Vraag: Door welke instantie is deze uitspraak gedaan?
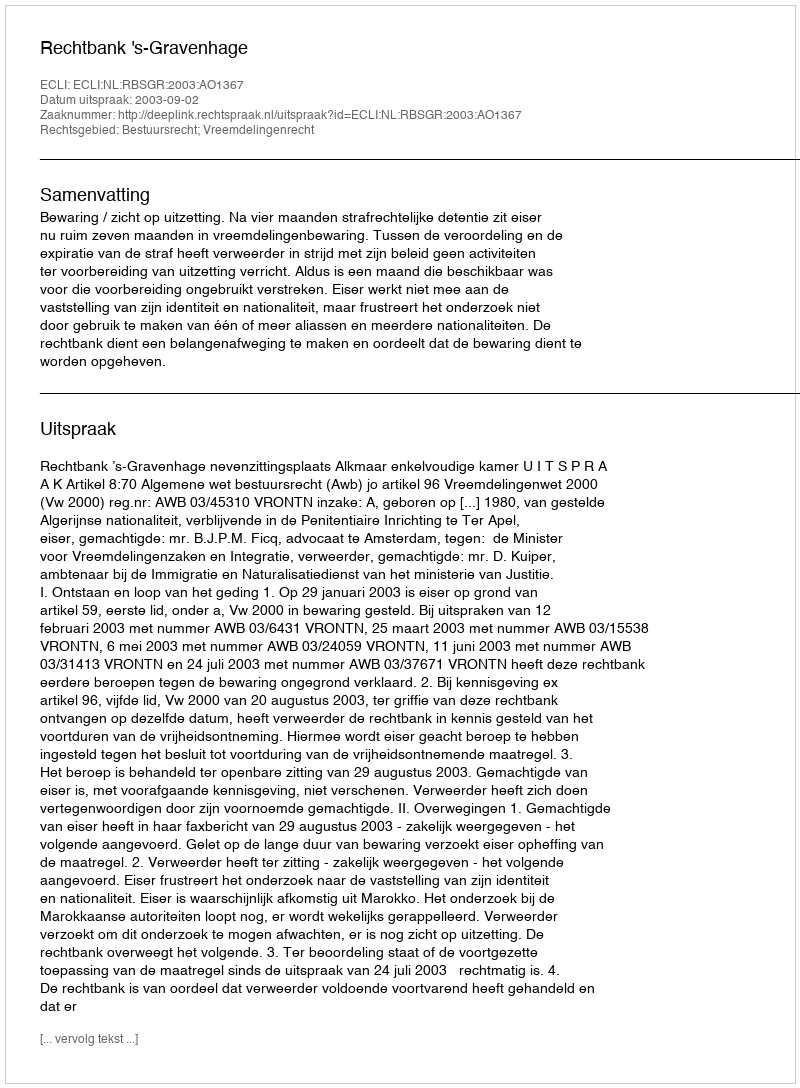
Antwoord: Rechtbank 's-Gravenhage